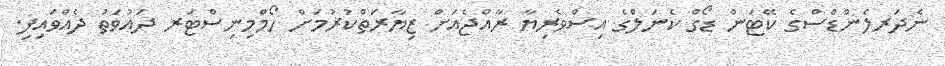
ނެދަރލެންޑްސްގެ ކޭޓަން ޑޯގް ކެނަލްގެ އިސްވެރިޔާ ރާއްޖެއަށް ޒިޔާރަތްކުރުމަށް ހޯމްމިނިސްޓަރ ދައުވަތު ދެއްވައިފި.